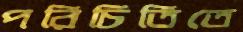
পরিচিতিতে